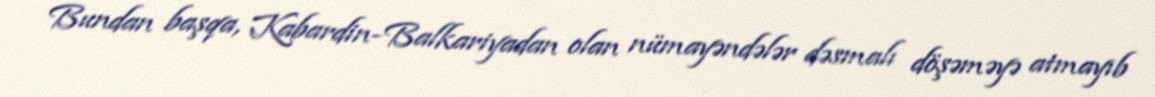
Bundan başqa, Kabardin-Balkariyadan olan nümayəndələr dəsmalı döşəməyə atmayıb